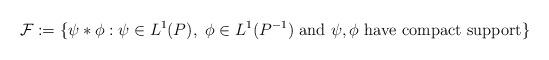
LaTeX: \begin{align*} \mathcal{F}:= \{ \psi * \phi: \psi \in L^{1}(P),~\phi \in L^{1}(P^{-1}) \textrm{~and~} \psi, \phi \textrm{~have compact support} \} \end{align*}